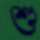
শু